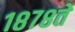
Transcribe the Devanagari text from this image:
१८७८ते